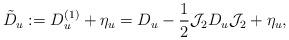
LaTeX: \begin{align*}\tilde{D}_{u} := D^{(1)}_{u} + \eta_{u} = D_{u} -\frac{1}{2} \mathcal J_{2} D_{u}\mathcal J_{2} + \eta_{u} ,\end{align*}